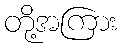
တို့အကြား